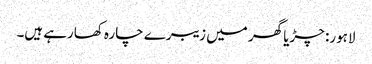
لاہور: چڑیا گھر میں زیبرے چارہ کھارہے ہیں۔